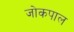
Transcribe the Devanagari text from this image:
जोकपाल